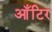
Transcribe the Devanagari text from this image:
आँटिर